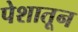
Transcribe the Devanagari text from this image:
पेशातून